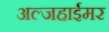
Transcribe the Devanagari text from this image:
अल्जहाईमर